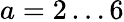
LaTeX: a=2\dots 6